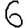
Digit: 6